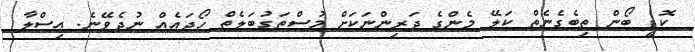
ކޮފީ ބޯން ތިބެގެނެތް ކަލޭ މެންގެ ދަރިންނަކަށް މުސްތަގުބަލެތް ހޯދައެއް ނުދެވޭނެ. ޢިސްލާ